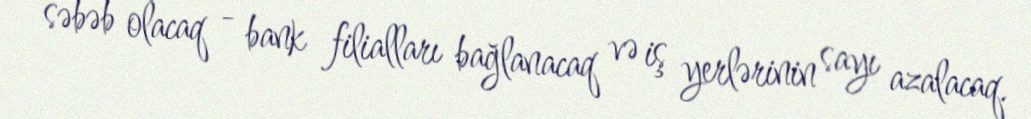
səbəb olacaq - bank filialları bağlanacaq və iş yerlərinin sayı azalacaq.